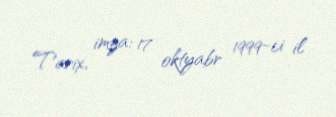
Tarix, imza: 17 oktyabr 1999-ci il